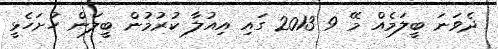
ދެވަނަ ބީލަމެއް މޭ 9 2013 ގައި އިއުލާ ކުރުމުން ބީލަން ހުށަހެޅީ